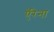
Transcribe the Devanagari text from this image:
ऍरेना